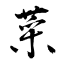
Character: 菜